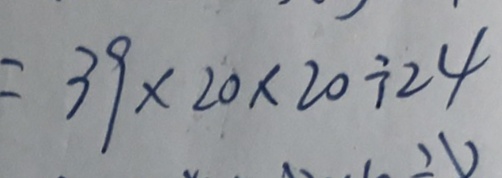
= 3 9 \times 2 0 \times 2 0 \div 2 4